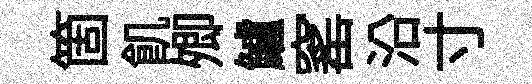
箇飢𡖖鱸窰沿寸